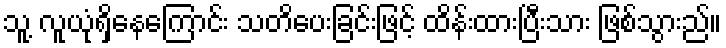
သူ့ လူယုံရှိနေကြောင်း သတိပေးခြင်းဖြင့် ထိန်းထားပြီးသား ဖြစ်သွားည်။